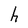
Character: h